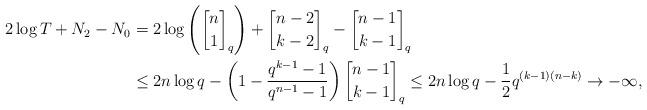
LaTeX: \begin{align*}2 \log T + N_2 - N_0 &= 2 \log \left( {n \brack 1}_q \right) + {n-2 \brack k-2}_q - {n-1 \brack k-1}_q \\&\le 2n \log q - \left( 1 - \frac{q^{k-1} - 1}{q^{n-1} - 1} \right) {n-1 \brack k-1}_q \le 2n \log q - \frac12 q^{(k-1)(n-k)} \rightarrow - \infty,\end{align*}